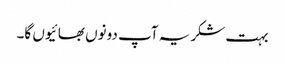
بہت شکریہ آپ دونوں بھائیوں گا۔